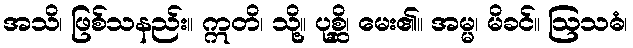
အသိ၊ ဖြစ်သနည်း။ ဣတိ၊ သို့။ ပုစ္ဆိ၊ မေး၏။ အမ္မ၊ မိခင်။ ဩသဓံ၊